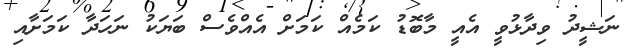
ނަޝީދު ވިދާޅުވީ އެއީ މާބޮޑު ކަމެއް ކަމަށް އެއްވެސް ބަޔަކު ނަހަދާ ކަމަށާއި